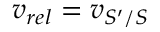
v _ { r e l } = v _ { S ^ { \prime } / S }